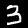
Label: 3